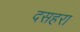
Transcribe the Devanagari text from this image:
दसहरा